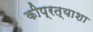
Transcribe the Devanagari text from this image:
कीप्रत्याशा